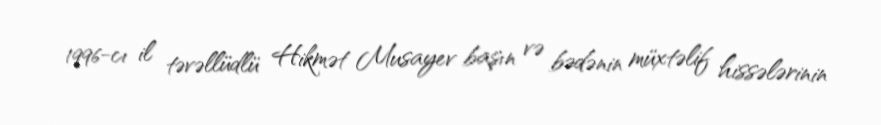
1996-cı il təvəllüdlü Hikmət Musayev başın və bədənin müxtəlif hissələrinin